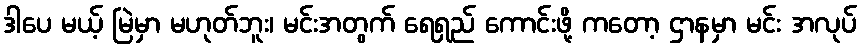
ဒါပေ မယ့် မြဲမှာ မဟုတ်ဘူး၊ မင်းအတွက် ရေရှည် ကောင်းဖို့ ကတော့ ဌာနမှာ မင်း အလုပ်